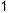
1